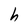
Character: h